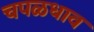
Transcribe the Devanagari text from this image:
चपळधाव